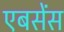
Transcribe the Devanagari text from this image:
एबसेंस